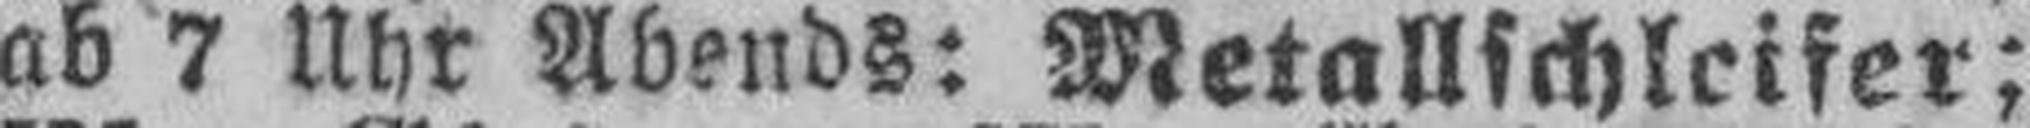
ab 7 Uhr Abends: Metallschleifer;